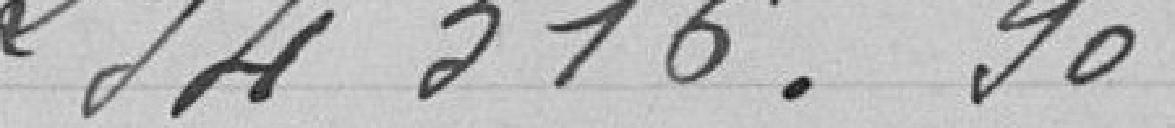
294316,90